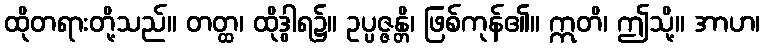
ထိုတရားတို့သည်။ တတ္ထ၊ ထိုဒွါရ၌။ ဥပ္ပဇ္ဇန္တိ၊ ဖြစ်ကုန်၏။ ဣတိ၊ ဤသို့။ အာဟ၊